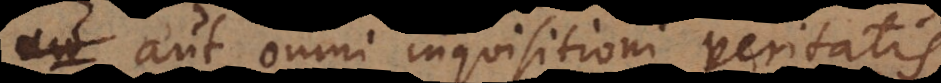
aut omni inquisitioni veritatis